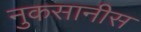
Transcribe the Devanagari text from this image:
नुकसानीस